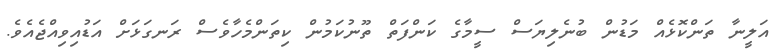
އަލީނާ ތަންކޮޅެއް މަޑުން ބުނެލިޔަސް ސީމާގެ ކަންފަތް ތޫނުކަމުން ކިތަންމެހާވެސް ރަނގަޅަށް އަޑުއިވިއްޖެއެވެ.